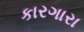
કારગારા